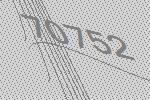
70752